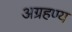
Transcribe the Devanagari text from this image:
अग्रहण्य